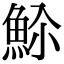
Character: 𬵊